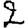
Digit: 2